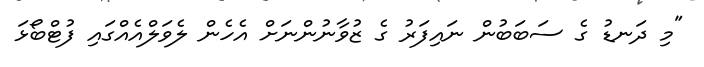
"މި ދަނޑު ގެ ސަބަބުން ނައިފަރު ގެ ޒުވާނުންނަށް އެހެން ލެވަލްއެއްގައި ފުޓްބޯޅަ